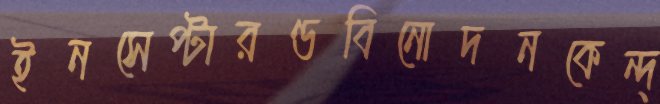
ইনসেপ্টারণ্ডবিনোদনকেন্দ্